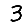
Digit: 3